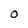
Character: 0